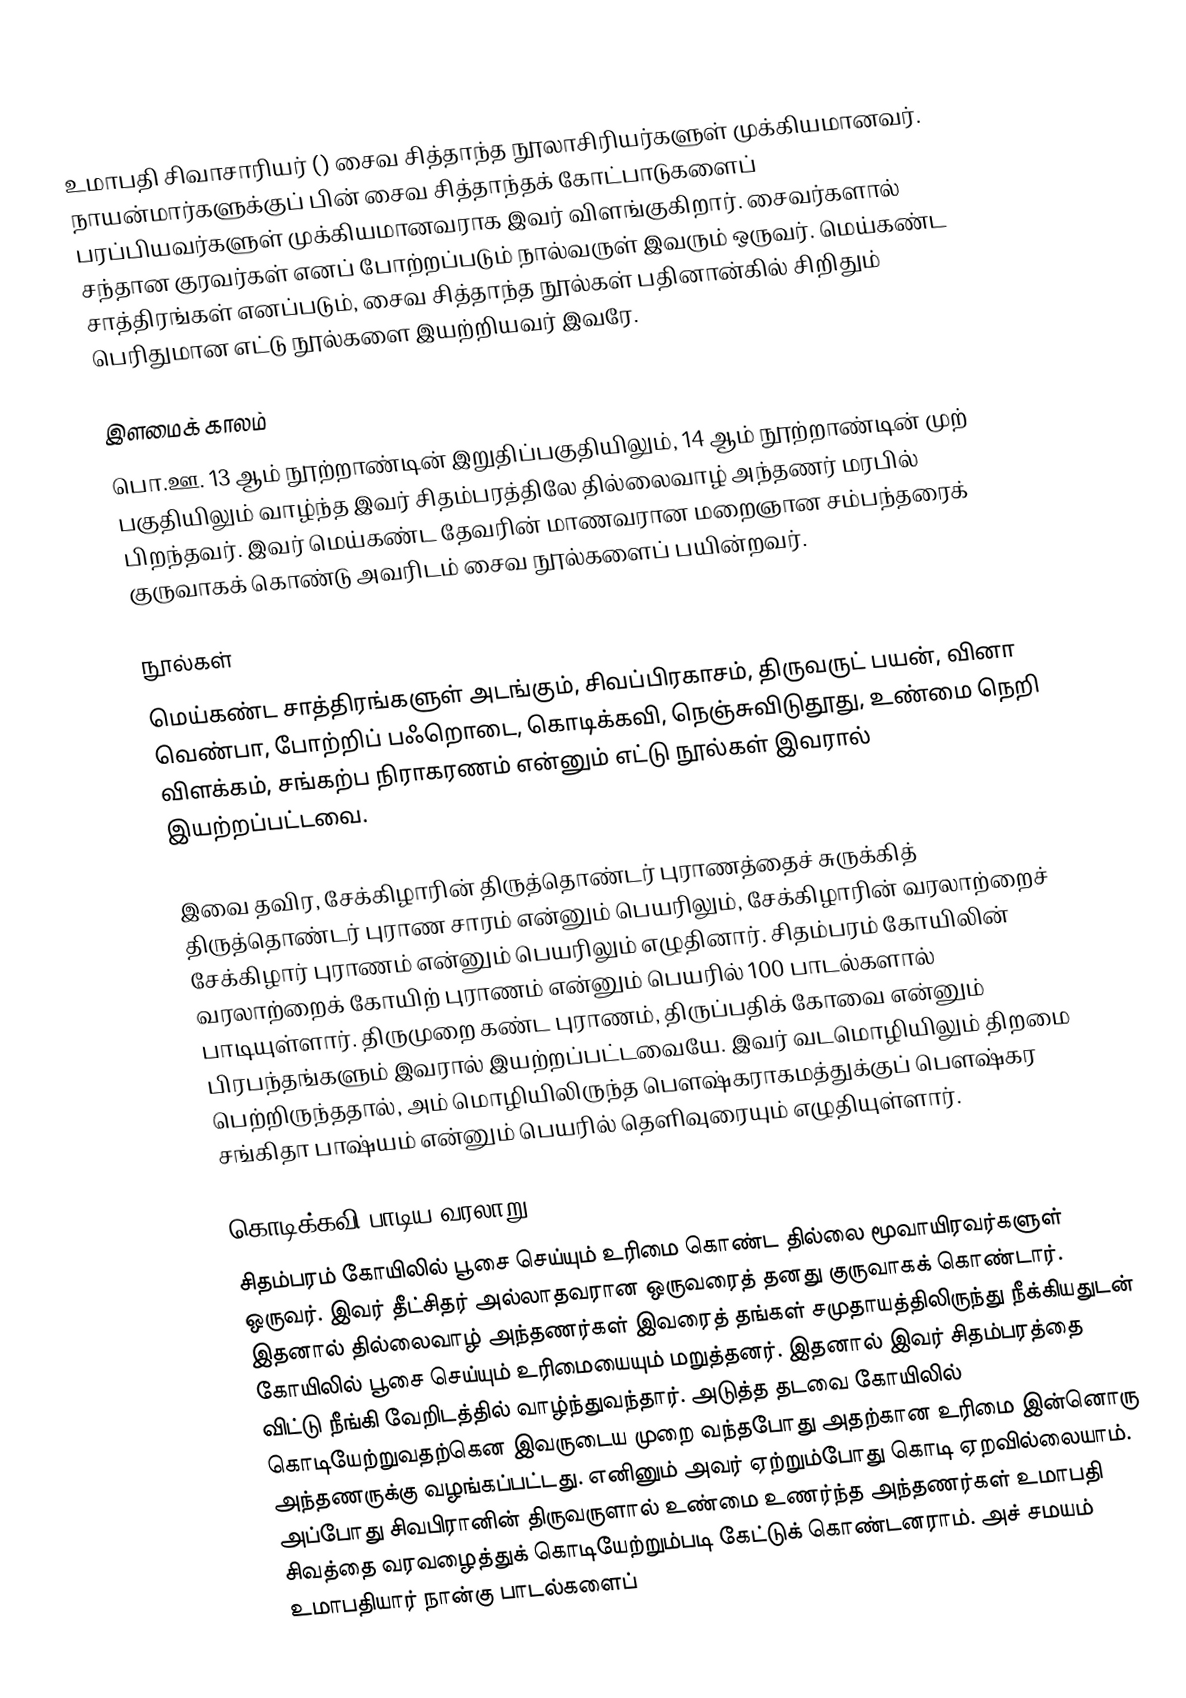
உமாபதி சிவாசாரியர் () சைவ சித்தாந்த நூலாசிரியர்களுள் முக்கியமானவர். நாயன்மார்களுக்குப் பின் சைவ சித்தாந்தக் கோட்பாடுகளைப் பரப்பியவர்களுள் முக்கியமானவராக இவர் விளங்குகிறார். சைவர்களால் சந்தான குரவர்கள் எனப் போற்றப்படும் நால்வருள் இவரும் ஒருவர். மெய்கண்ட சாத்திரங்கள் எனப்படும், சைவ சித்தாந்த நூல்கள் பதினான்கில் சிறிதும் பெரிதுமான எட்டு நூல்களை இயற்றியவர் இவரே.

இளமைக் காலம்
பொ.ஊ. 13 ஆம் நூற்றாண்டின் இறுதிப்பகுதியிலும், 14 ஆம் நூற்றாண்டின் முற் பகுதியிலும் வாழ்ந்த இவர் சிதம்பரத்திலே தில்லைவாழ் அந்தணர் மரபில் பிறந்தவர். இவர் மெய்கண்ட தேவரின் மாணவரான மறைஞான சம்பந்தரைக் குருவாகக் கொண்டு அவரிடம் சைவ நூல்களைப் பயின்றவர்.

நூல்கள்
மெய்கண்ட சாத்திரங்களுள் அடங்கும், சிவப்பிரகாசம், திருவருட் பயன், வினா வெண்பா, போற்றிப் பஃறொடை, கொடிக்கவி, நெஞ்சுவிடுதூது, உண்மை நெறி விளக்கம், சங்கற்ப நிராகரணம் என்னும் எட்டு நூல்கள் இவரால் இயற்றப்பட்டவை.

இவை தவிர, சேக்கிழாரின் திருத்தொண்டர் புராணத்தைச் சுருக்கித் திருத்தொண்டர் புராண சாரம் என்னும் பெயரிலும், சேக்கிழாரின் வரலாற்றைச் சேக்கிழார் புராணம் என்னும் பெயரிலும் எழுதினார். சிதம்பரம் கோயிலின் வரலாற்றைக் கோயிற் புராணம் என்னும் பெயரில் 100 பாடல்களால் பாடியுள்ளார். திருமுறை கண்ட புராணம், திருப்பதிக் கோவை என்னும் பிரபந்தங்களும் இவரால் இயற்றப்பட்டவையே. இவர் வடமொழியிலும் திறமை பெற்றிருந்ததால், அம் மொழியிலிருந்த பௌஷ்கராகமத்துக்குப் பௌஷ்கர சங்கிதா பாஷ்யம் என்னும் பெயரில் தெளிவுரையும் எழுதியுள்ளார்.

கொடிக்கவி பாடிய வரலாறு
சிதம்பரம் கோயிலில் பூசை செய்யும் உரிமை கொண்ட தில்லை மூவாயிரவர்களுள் ஒருவர். இவர் தீட்சிதர் அல்லாதவரான ஒருவரைத் தனது குருவாகக் கொண்டார். இதனால் தில்லைவாழ் அந்தணர்கள் இவரைத் தங்கள் சமுதாயத்திலிருந்து நீக்கியதுடன் கோயிலில் பூசை செய்யும் உரிமையையும் மறுத்தனர். இதனால் இவர் சிதம்பரத்தை விட்டு நீங்கி வேறிடத்தில் வாழ்ந்துவந்தார். அடுத்த தடவை கோயிலில் கொடியேற்றுவதற்கென இவருடைய முறை வந்தபோது அதற்கான உரிமை இன்னொரு அந்தணருக்கு வழங்கப்பட்டது. எனினும் அவர் ஏற்றும்போது கொடி ஏறவில்லையாம். அப்போது சிவபிரானின் திருவருளால் உண்மை உணர்ந்த அந்தணர்கள் உமாபதி சிவத்தை வரவழைத்துக் கொடியேற்றும்படி கேட்டுக் கொண்டனராம். அச் சமயம் உமாபதியார் நான்கு பாடல்களைப்